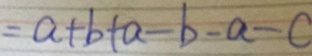
= a + b + a - b - a - c